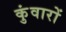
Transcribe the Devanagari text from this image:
कुंवारों